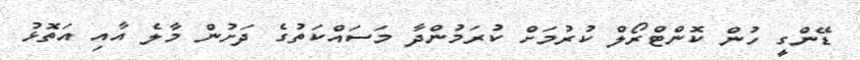
ޑޭންގީ ހުން ކޮންޓްރޯލް ކުރުމަށް ކުރަމުންދާ މަސައްކަތުގެ ދަށުން މާލެ އާއި އަތޮޅު